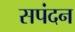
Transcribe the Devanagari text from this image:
सपंदन